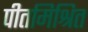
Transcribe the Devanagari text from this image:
पीतमिश्रित